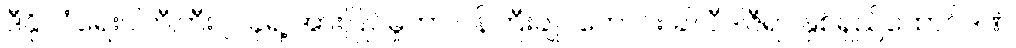
ဒီနိုင်ငံရေးပါတီကြီး ၂ ခုရဲ့ အားပြိုင်မှုဟာ ဝန်ကြီးချုပ်ဟောင်း ခါလီဒါဇီရာ နှစ်ရှည်ထောင်ဒဏ်